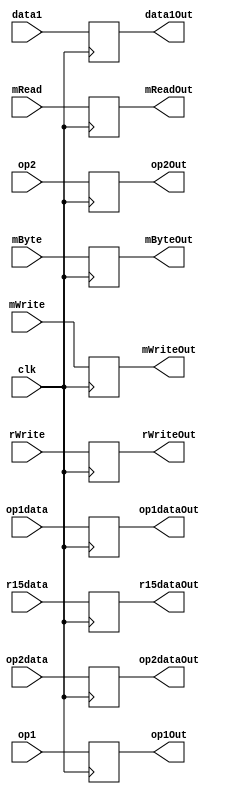
/*
 * Module by Chase Jones
 */

module ExMBuffer(
	//#######
	//Inputs
	//#######
	//Writeback variables
	input [1:0] rWrite,
	//Memory variables
	input mWrite, mRead, mByte,
	input [15:0] data1, op1data, op2data, r15data,
	input [3:0] op1, op2,
	input clk,

	//#######
	//Outputs
	//#######
	//Writeback variables
	output reg [1:0] rWriteOut,
	//Memory variables
	output reg mWriteOut, mReadOut, mByteOut,	
	output reg [15:0] data1Out, op1dataOut, op2dataOut, r15dataOut,
	output reg [3:0] op1Out, op2Out
);

always@(posedge clk)
begin
	// WB	
	rWriteOut <= rWrite;
	// M
	mWriteOut <= mWrite;
	mReadOut <= mRead;
	mByteOut <= mByte;
	data1Out <= data1;
	op1dataOut <= op1data;
	op2dataOut <= op2data;
	r15dataOut <= r15data;
	op1Out <= op1;
	op2Out <= op2;
end	

endmodule